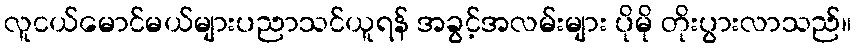
လူငယ်မောင်မယ်များပညာသင်ယူရန် အခွင့်အလမ်းများ ပိုမို တိုးပွားလာသည်။